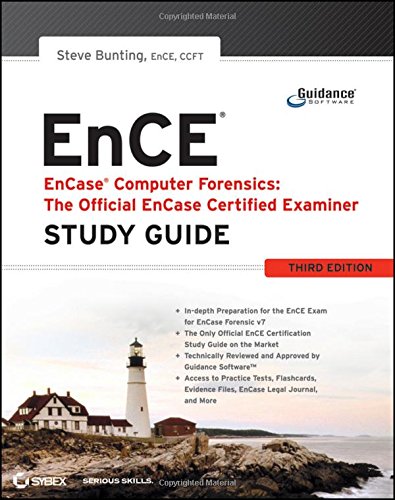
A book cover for EnCase Computer Forensics -- The Official EnCE: EnCase Certified Examiner Study Guide; Steve Bunting; Computers & Technology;